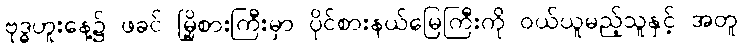
ဗုဒ္ဓဟူးနေ့၌ ဖခင် မြို့စားကြီးမှာ ပိုင်စားနယ်မြေကြီးကို ဝယ်ယူမည့်သူနှင့် အတူ